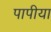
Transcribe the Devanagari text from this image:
पापीया